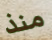
منذ